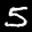
Label: 5